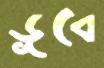
ডূবে